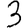
Digit: 3